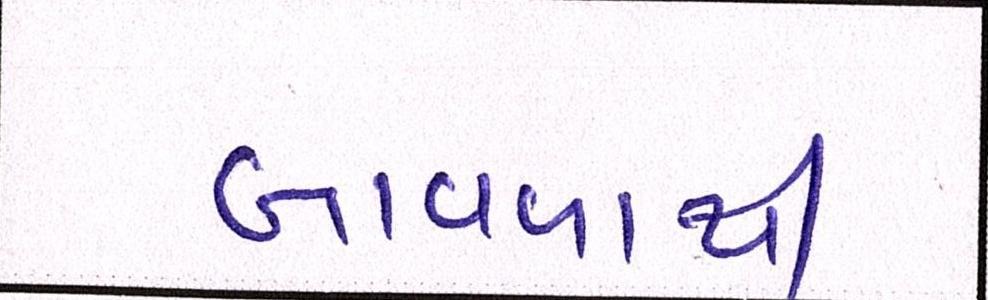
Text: બાવળાથી